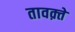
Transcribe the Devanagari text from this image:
तावक़्ते